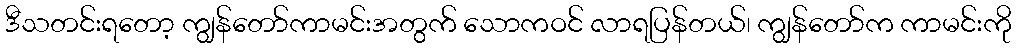
ဒီသတင်းရတော့ ကျွန်တော်ကာမင်းအတွက် သောကဝင် လာရပြန်တယ်၊ ကျွန်တော်က ကာမင်းကို